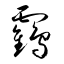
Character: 靍